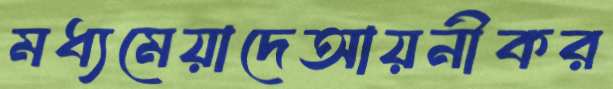
মধ্যমেয়াদেআয়নীকর